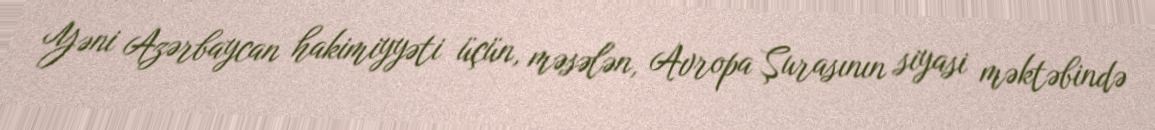
Yəni Azərbaycan hakimiyyəti üçün, məsələn, Avropa Şurasının siyasi məktəbində